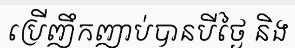
ប្រើញឹកញាប់បានបីថ្ងៃ និង